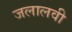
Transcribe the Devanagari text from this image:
जलालवी